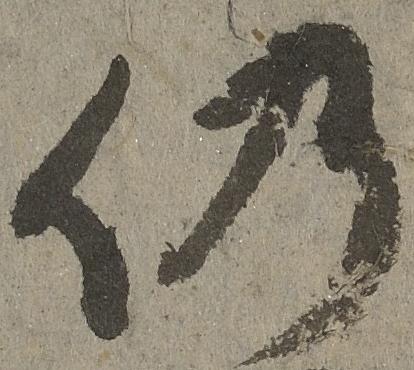
仍